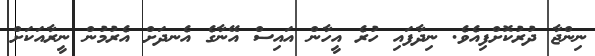
ނިންޖާ ދުރުކޮށްފިއެވެ. ނިދާފައި ހުރެ އީހާން އައިސް އޭނާގެ އެނދަށް އެރުމުން ނީރާއަކަށް